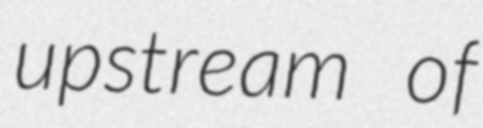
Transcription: upstream of